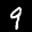
Label: 9